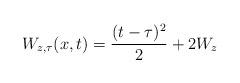
LaTeX: \begin{align*}W_{z,\tau}(x,t)=\frac{(t-\tau)^2}{2}+2W_z\end{align*}